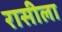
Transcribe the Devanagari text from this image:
रासीला